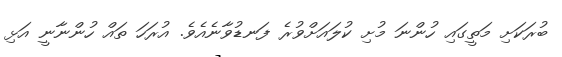
ބުރަކަށި މަތީގައި ހުންނަ މުށި ކުލައަށްވުރެ ފަނޑުވާނެއެވެ. އުރަހަ ތައް ހުންނާނީ އަޅި